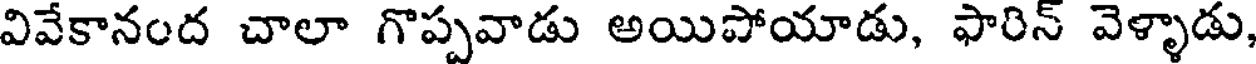
వివేకానంద చాలా గొప్పవాడు అయిపోయాడు, ఫారిన్ వెళ్ళాడు,